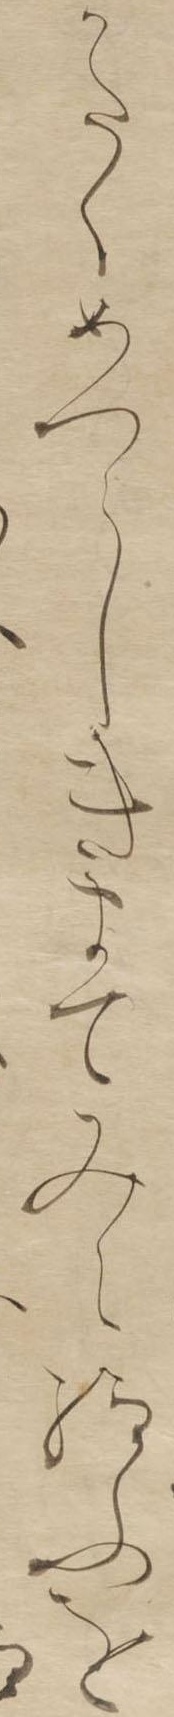
かたくめつらしきまてみえ給ふを